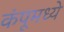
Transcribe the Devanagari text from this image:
कंपूमध्ये